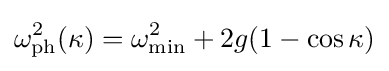
\omega _{\text{ph}}^{2}(\kappa )=\omega _{\text{min}}^{2}+2g(1-\cos \kappa )